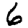
Digit: 6